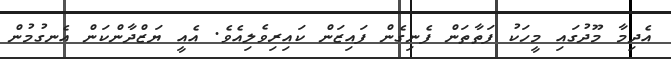
އެދިމާ މޫދުގައި މީހަކު ފަތާތަން ފެނިގެން ފައިޒަން ކައިރިވެލިއެވެ. އެއީ ޔަޒްދާންކަން އެނގުމުން